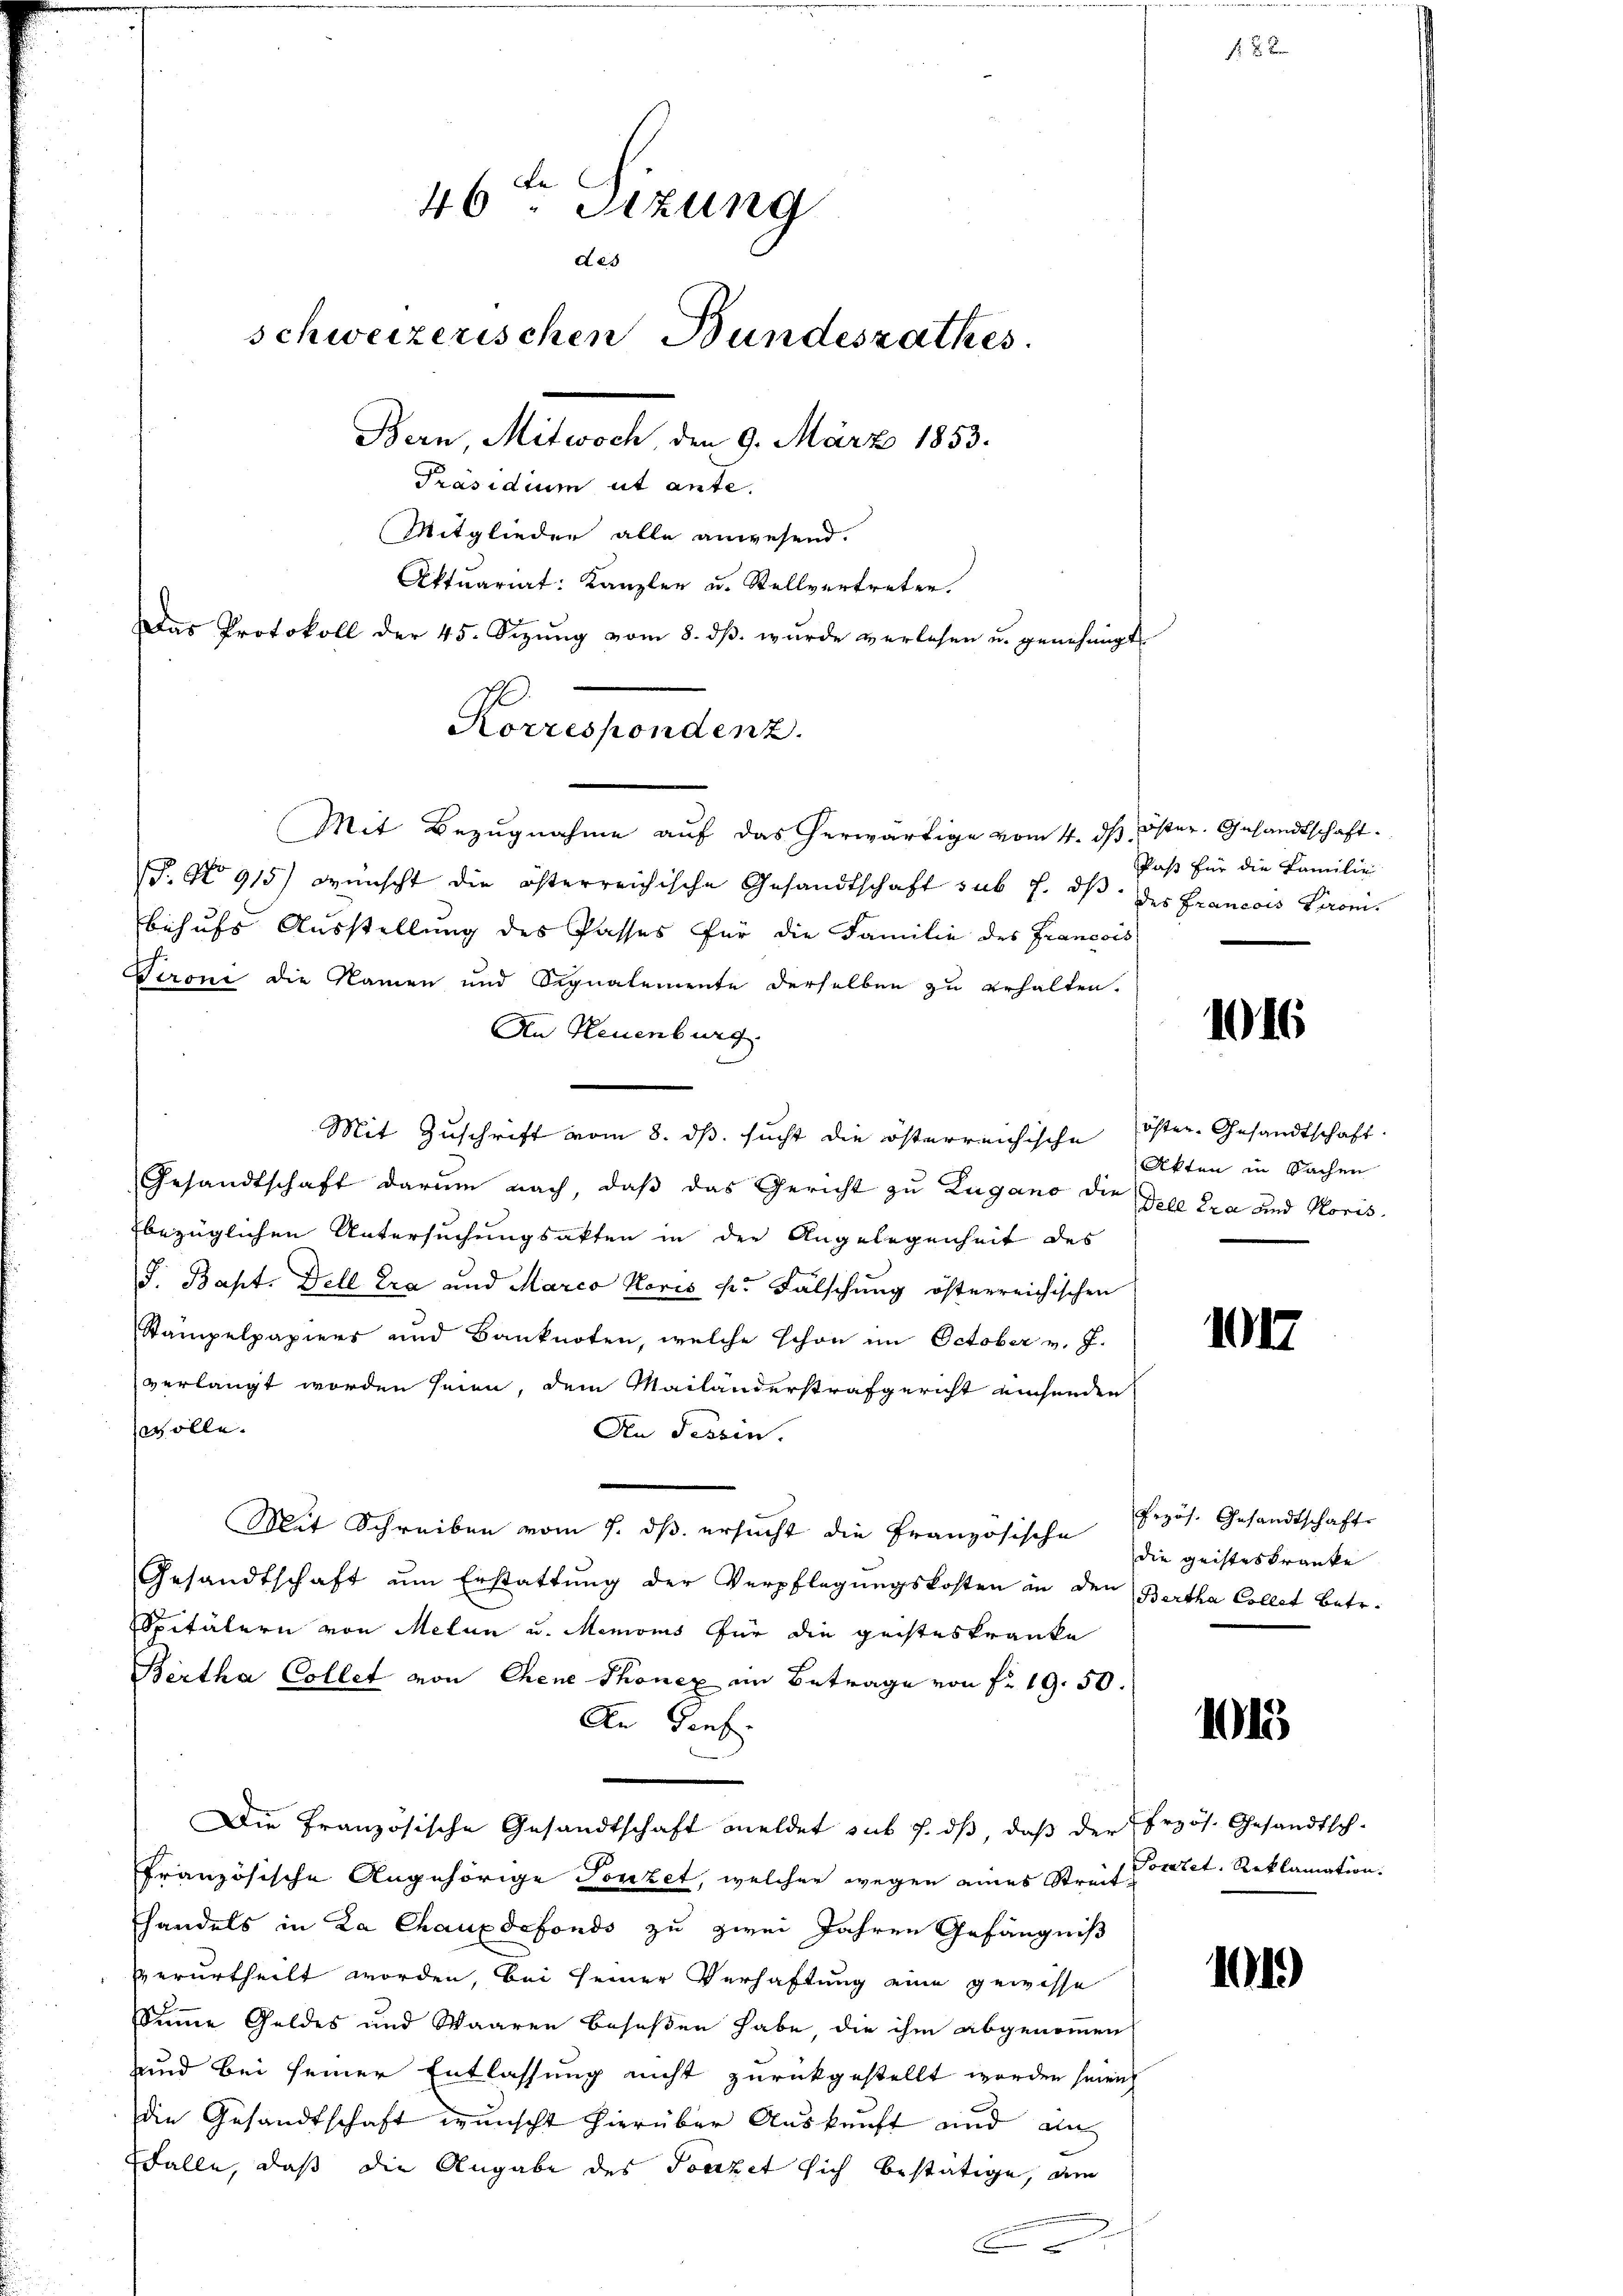
46ten Sizung
des
schweizerischen Bundesrathes.
Bern, Mitwoch, den 9. März 1853.
Präsidium ut ante.
Mitglieder alle anwesend.
Aktuariat Kanzler u. Stellvertreten.
Das Protokoll der 45. Sezŭng vom 8. dβ. wŭrde verlesen u. genehmigt

Mit Bezugnahme auf das herwärtige vom 4. ds. Oster. Gesandtschaft.
T. No 915) wünscht die österreichische Gesandtschaft sub 7. ds. des Francois Barom.
behufs Ausstellung des Passes für die Familie des Francois
Pironi die Namen und Signalemente derselben zu erhalten.
An Neuenburg
Mit Zuschrift vom 8. ds. sucht die österreichische öster-Gesandtschaft.
Gesandtschaft darum nach, daß das Gericht zu Zugano die Gebe tra und Koris
bezüglichen Untersuchungsakten in der Angelegenheit des
J. Bapt. Dell Era und Marco Koris pr Fälschung österreichischen
Stampelpapiers und Banknoten, welche schon im October v. J.
verlangt worden seien, dem Mailänderstrafgericht einsenden
svolle.
An Tessen.
Mit Schreiben vom 7. dβ ersŭcht die Französische Erzös. Gesandtschafte
Gesandtschaft um Erstattung der Verpflegungskosten in den Bertha Collat betr.
Spitälern von Melan u. Memois für die geisteskranke
Bertha Collet von Chene Thonez ein Betrage von Fr. 19. 50.
An Genf.
Die Französische Gesandtschaft meldet sub 7. ds, daß der Erzös. Gesandtsch-
französische Angehörige Tonket, welcher wegen eines Straferatet. Reklamation.
handels in La Chauxdefondo zu zwei Jahren Gefängniß
verurtheilt worden, bei seiner Verhaftung eine gewisse
Summe Geldes und Waaren beseßen habe, die ihm abgenommen
und bei seiner Entlassung nicht zurückgestellt worden seien,
die Gesandtschaft wunscht hierüber Auskunft und ain
FFalle, daß die Angabe des Toazet sich bestätige, am

Korrespondenz.

e

Paß für die Familie

1016

Akten in Sachen

101

die geisteskranke

1015

1049)